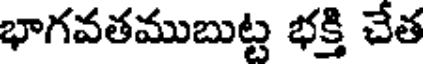
భాగవతముబుట్ట భక్తి చేత